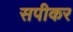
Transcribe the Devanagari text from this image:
सपीकर